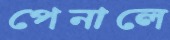
পেনালে